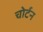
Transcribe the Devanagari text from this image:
चोर्टन